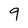
Character: 9